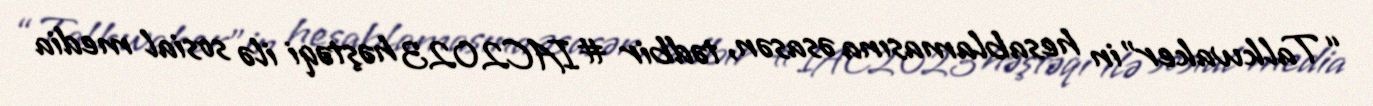
“Talkwaker”in hesablamasına əsasən, tədbir #IAC2023 həştəqi ilə sosial media